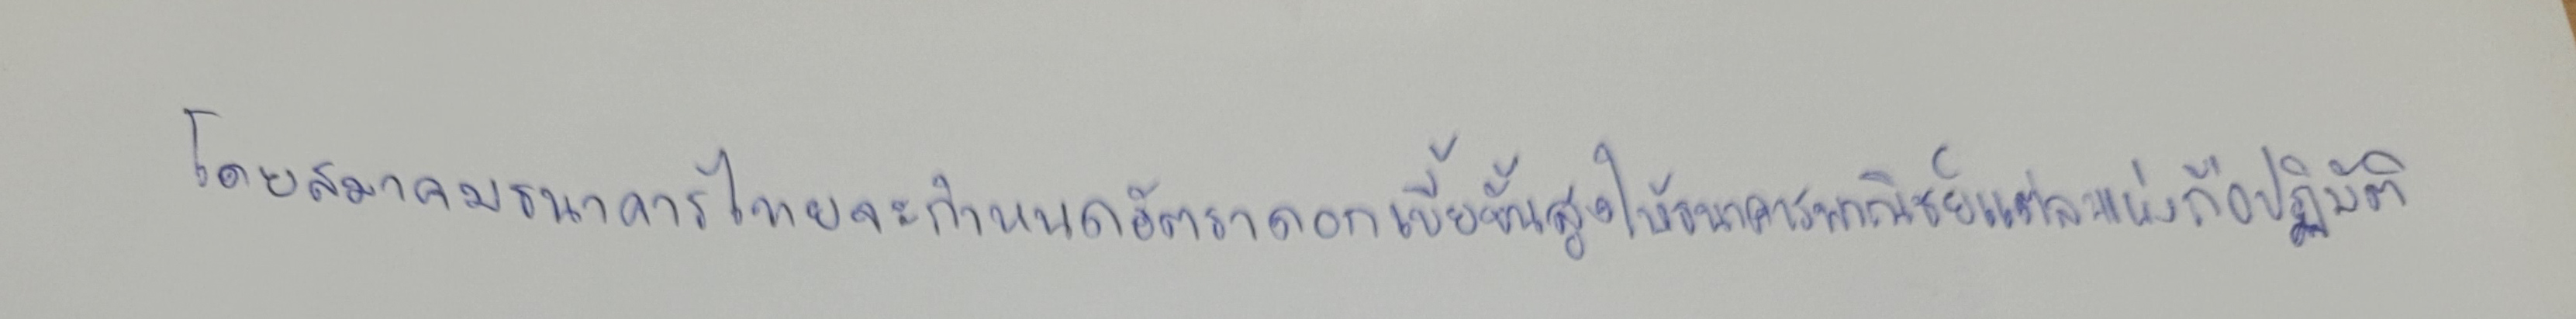
โดยสมาคมธนาคารไทยจะกำหนดอัตราดอกเบี้ยขั้นสูงให้ธนาคารพาณิชย์แต่ละแห่งถือปฏิบัติ